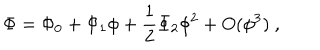
LaTeX: \Phi = \Phi _ { 0 } + \Phi _ { 1 } \phi + \frac 1 2 \Phi _ { 2 } \phi ^ { 2 } + O ( \phi ^ { 3 } ) ~ ,